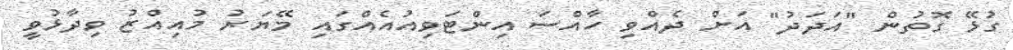
ގުޅޭ ގޮތުން "އަދަދު" އަށް ދެއްވި ހާއްސަ އިންޓަވިއުއެއްގައި މޭޔަރު މުއިއްޒު ވިދާޅުވީ